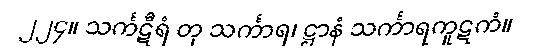
၂၂၄။ သင်္ကဋီရံ တု သင်္ကာရ၊ ဋ္ဌာနံ သင်္ကာရကူဋကံ။